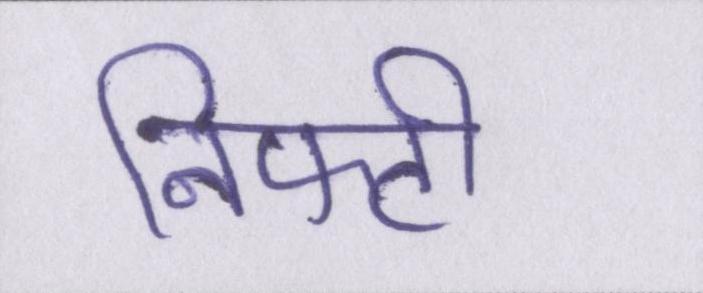
निफ्टी